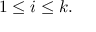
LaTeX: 1 \leq i \leq k .